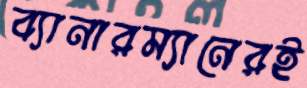
ব্যানারম্যানেরই